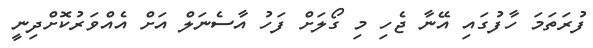
ފުރަތަމަ ހާފުގައި އޭނާ ޖެހި މި ގޯލަށް ފަހު އާސެނަލް އަށް އެއްވަރުކޮށްދިނީ